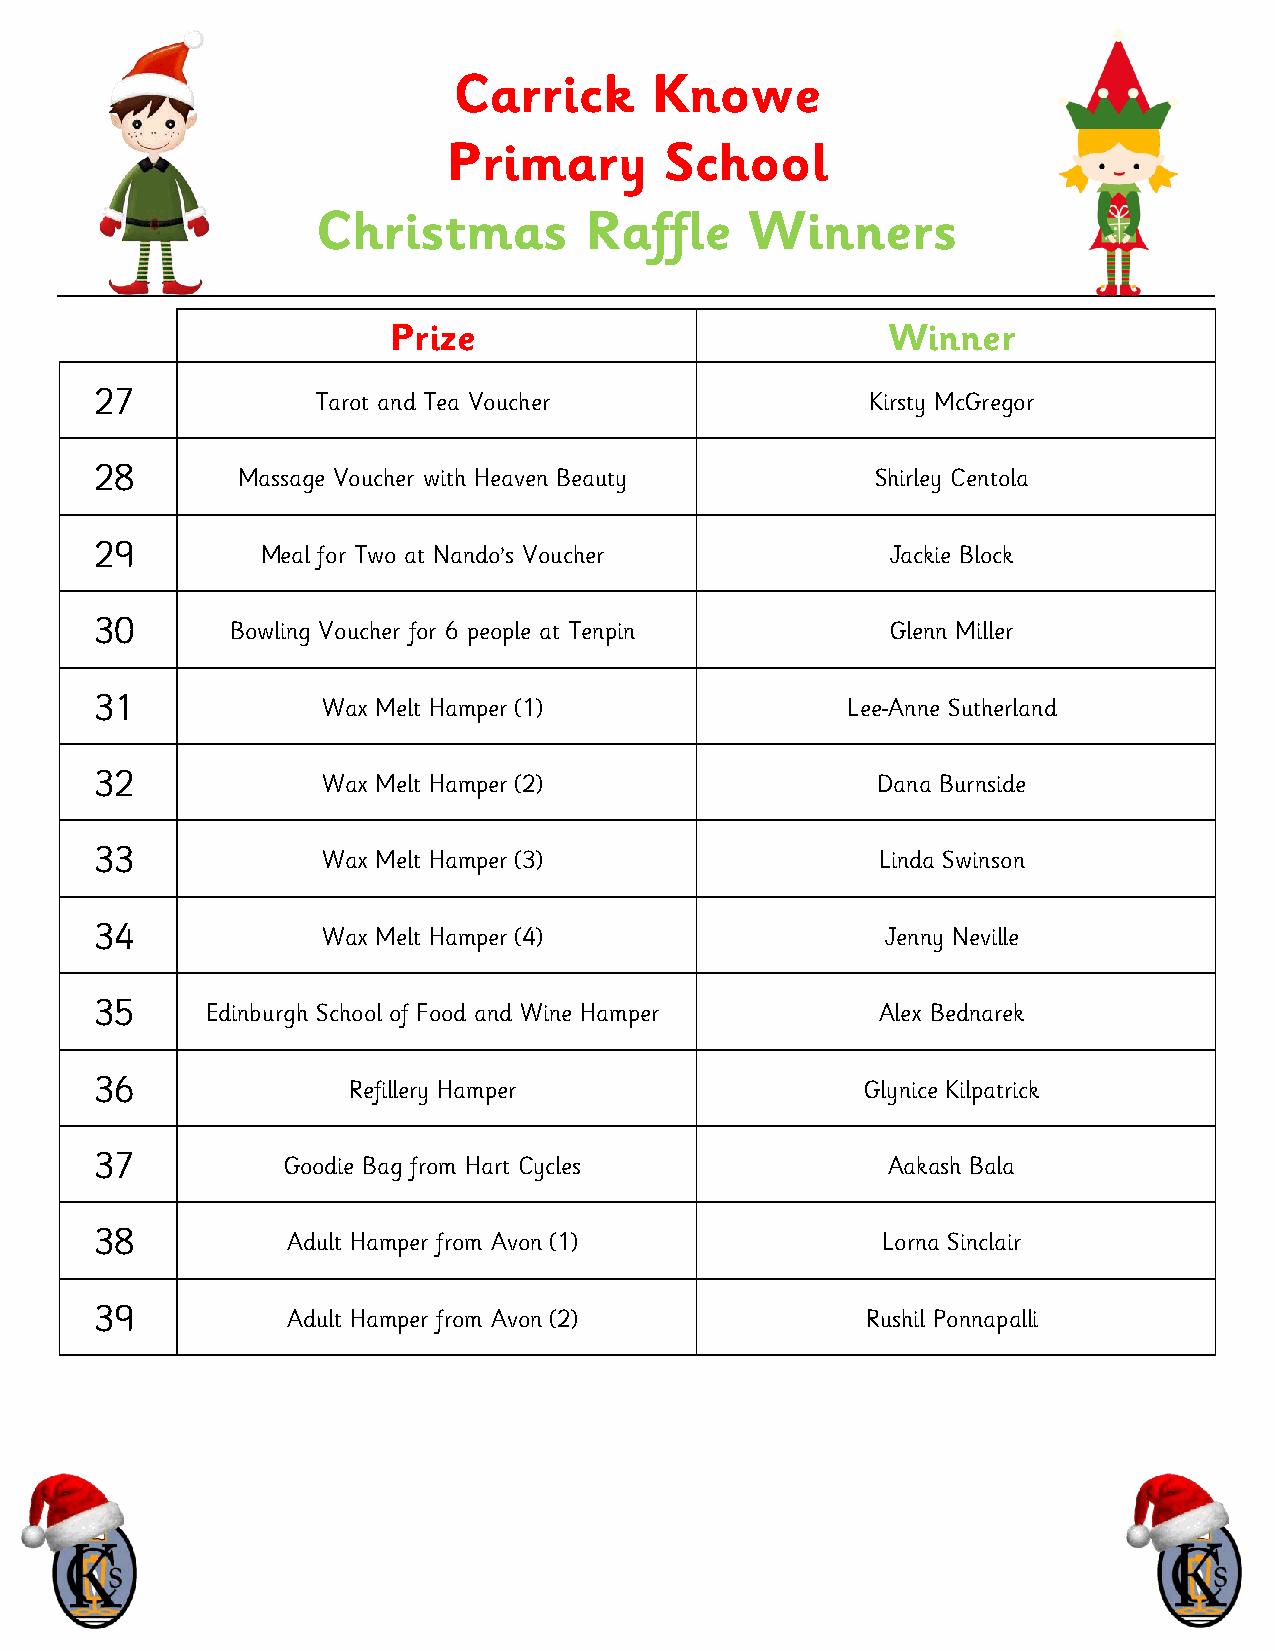
Carrick      Knowe
 Primary       School
 Christmas         Raffle     Winners
 Prize                            Winner
 27             Tarot and Tea Voucher                Kirsty McGregor
 28        Massage Voucher with Heaven Beauty        Shirley Centola
 29         Meal for Two at Nando’s Voucher           Jackie Block
 30       Bowling Voucher for 6 people at Tenpin      Glenn Miller
 31             Wax Melt Hamper (1)                Lee-Anne Sutherland
 32             Wax Melt Hamper (2)                  Dana Burnside
 33             Wax Melt Hamper (3)                  Linda Swinson
 34             Wax Melt Hamper (4)                   Jenny Neville
 35      Edinburgh School of Food and Wine Hamper    Alex Bednarek
 36               Refillery Hamper                  Glynice Kilpatrick
 37           Goodie Bag from Hart Cycles             Aakash Bala
 38           Adult Hamper from Avon (1)             Lorna Sinclair
 39           Adult Hamper from Avon (2)            Rushil Ponnapalli